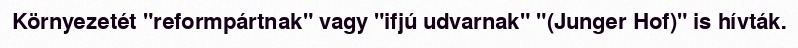
Környezetét "reformpártnak" vagy "ifjú udvarnak" "(Junger Hof)" is hívták.